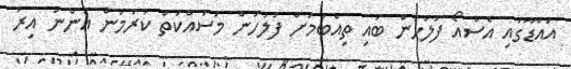
އައްޑޫގައި އެސްއޯ ފުލުހުން ބައި ތިއްބުމަށް ފުލުހުން މަސައްކަތް ކުރަމުން އަންނަ އިރު